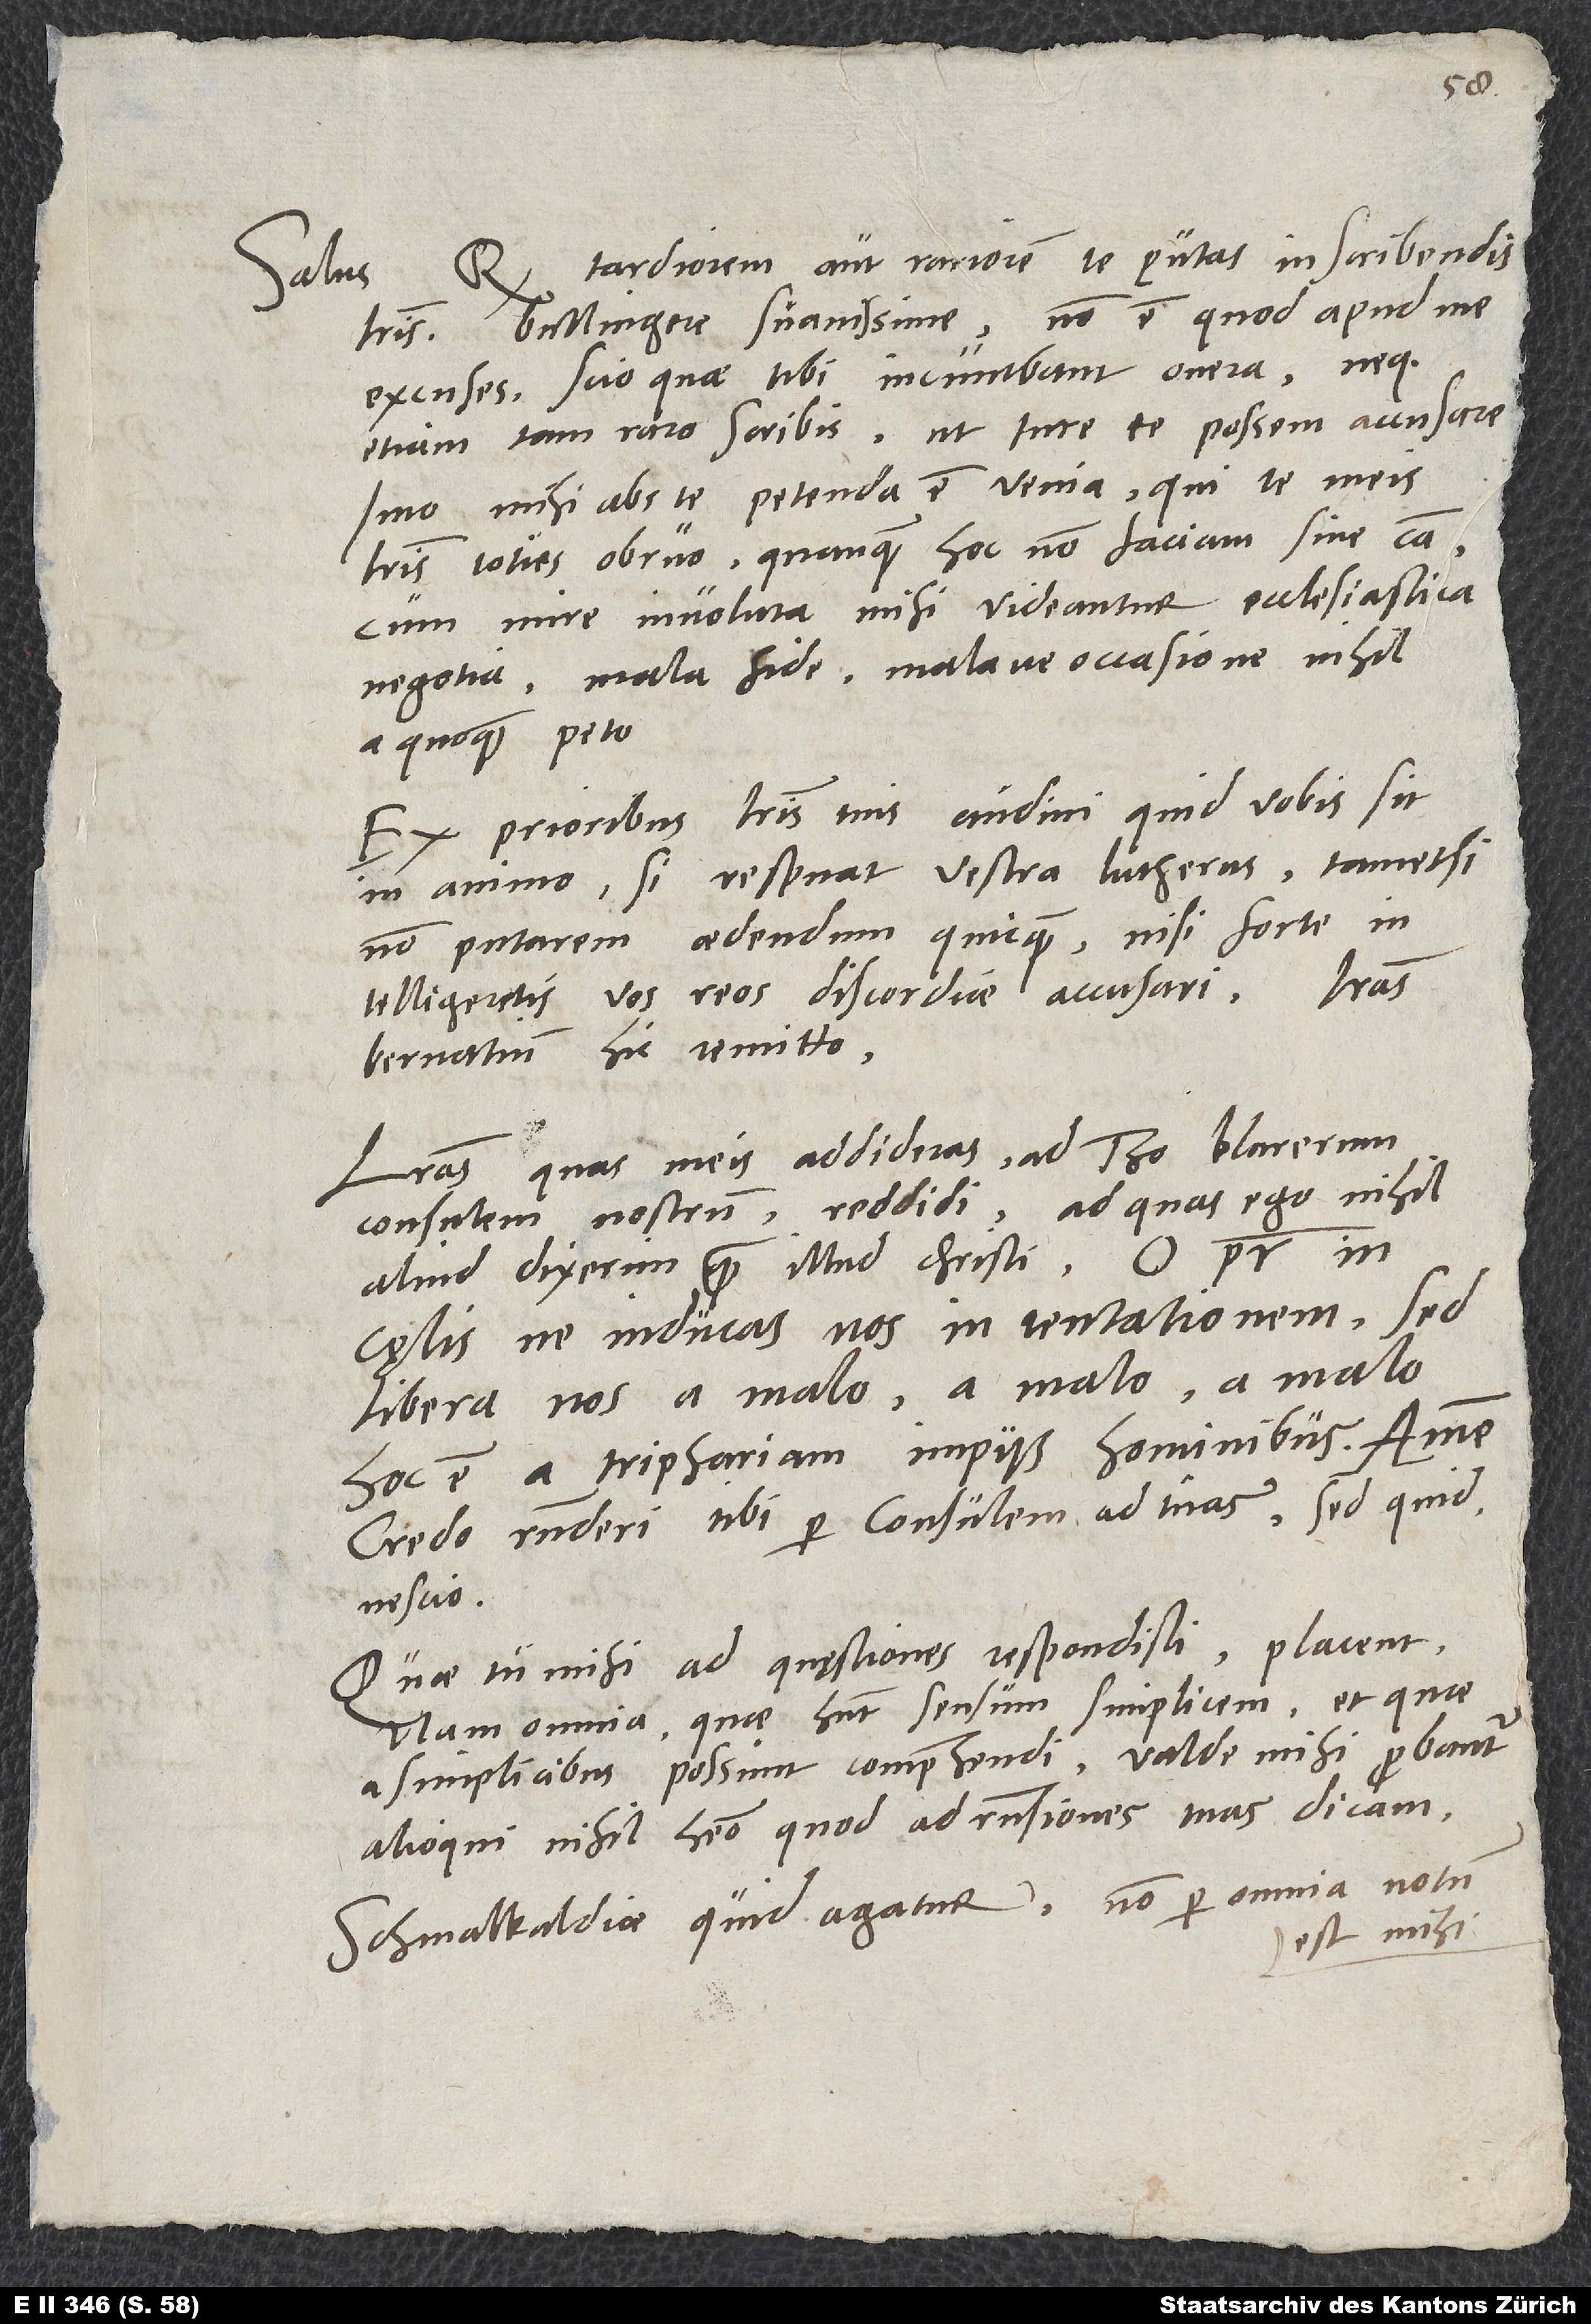
tardiorem aut rariorem te putas in scribendis
Salus.
literis, Bullingere suavissime, non est, quod apud me
excuses. Scio, quae tibi incumbant onera, neque
etiam tam raro scribis, ut iure te possem accusare.
Imo mihi abs te petenda est venia, qui te meis
literis toties obruo, quanquam hoc non faciam sine causa,
cum mire involuta mihi videantur ecclesiastica
negotia. Mala fide malave occasione nihil
a quoquam peto.
Ex prioribus literis tuis audivi, quid vobis sit
in animo, si respuat vestra Lutherus, tametsi
non putarem aedendum quicquam, nisi forte
intelligeretis vos reos discordiae accusari. Literas
Bernatium hic remitto.
Literas, quas meis addideras, ad Tho, a
hoc est a triphariam impiis hominibus. Amen."
Credo responderi tibi per consulem ad tuas, sed quid,
Quae tu mihi ad quęstiones respondisti, placent.
Nam omnia, quae habent sensum simplicem et quae
a simplicibus possunt comprehendi, valde mihi probantur.
Alioqui nihil habeo, quod ad responsiones tuas dicam.
Schmalkaldiae quid agatur, non per omnia notum
est mihi